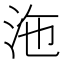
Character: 沲